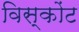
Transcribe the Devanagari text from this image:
विस्कोंट